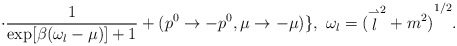
\begin{align*}\cdot \frac{1}{\exp[\beta(\omega_l-\mu)]+1}+ (p^0\to -p^0, \mu\to -\mu)\}, \ \omega_l={( {\stackrel{\rightharpoonup}{l}}^2+m^2)}^{1/2}.\end{align*}